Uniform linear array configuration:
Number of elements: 12
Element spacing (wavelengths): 0.5
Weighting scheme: uniform
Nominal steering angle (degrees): -15
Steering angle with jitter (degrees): -16.679
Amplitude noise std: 0.05
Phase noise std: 0.05

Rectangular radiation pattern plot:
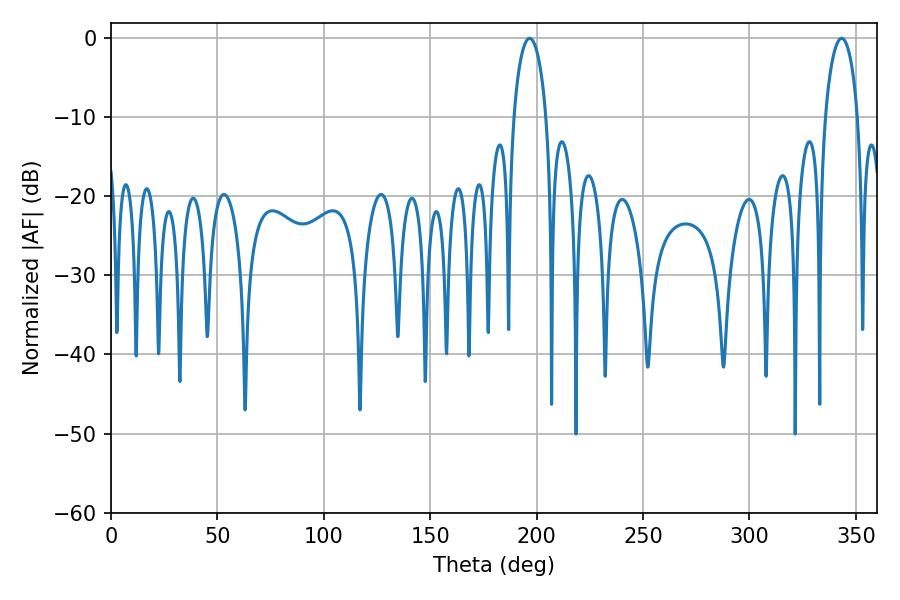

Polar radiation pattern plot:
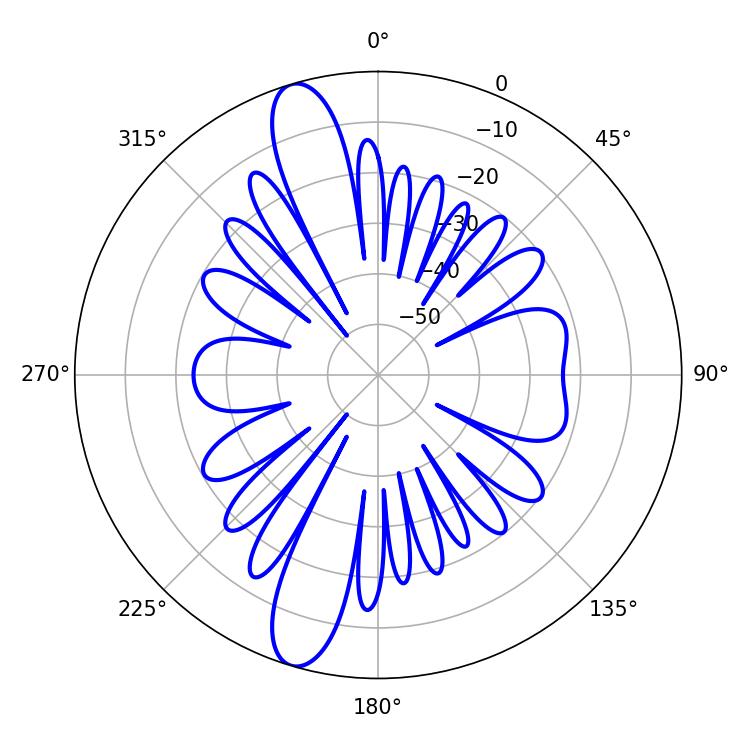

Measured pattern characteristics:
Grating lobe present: FALSE
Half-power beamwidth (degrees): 8.64
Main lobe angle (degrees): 196.74